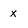
Character: x